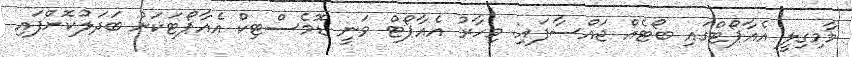
މާމިގިލީ އެއާޕޯޓްގައި ބޯޓެއް ޖައްސާފައި: މިހާރު އެއާޕޯޓް ވަނީ ޑޮމެސްޓިކް އެއާޕޯޓަކަށް ބަދަލުކޮށްފައި